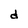
Character: d